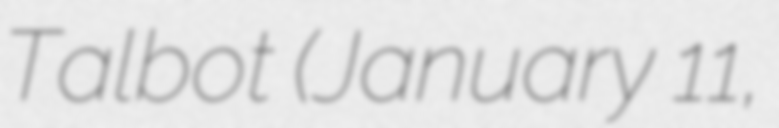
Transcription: Talbot (January 11,